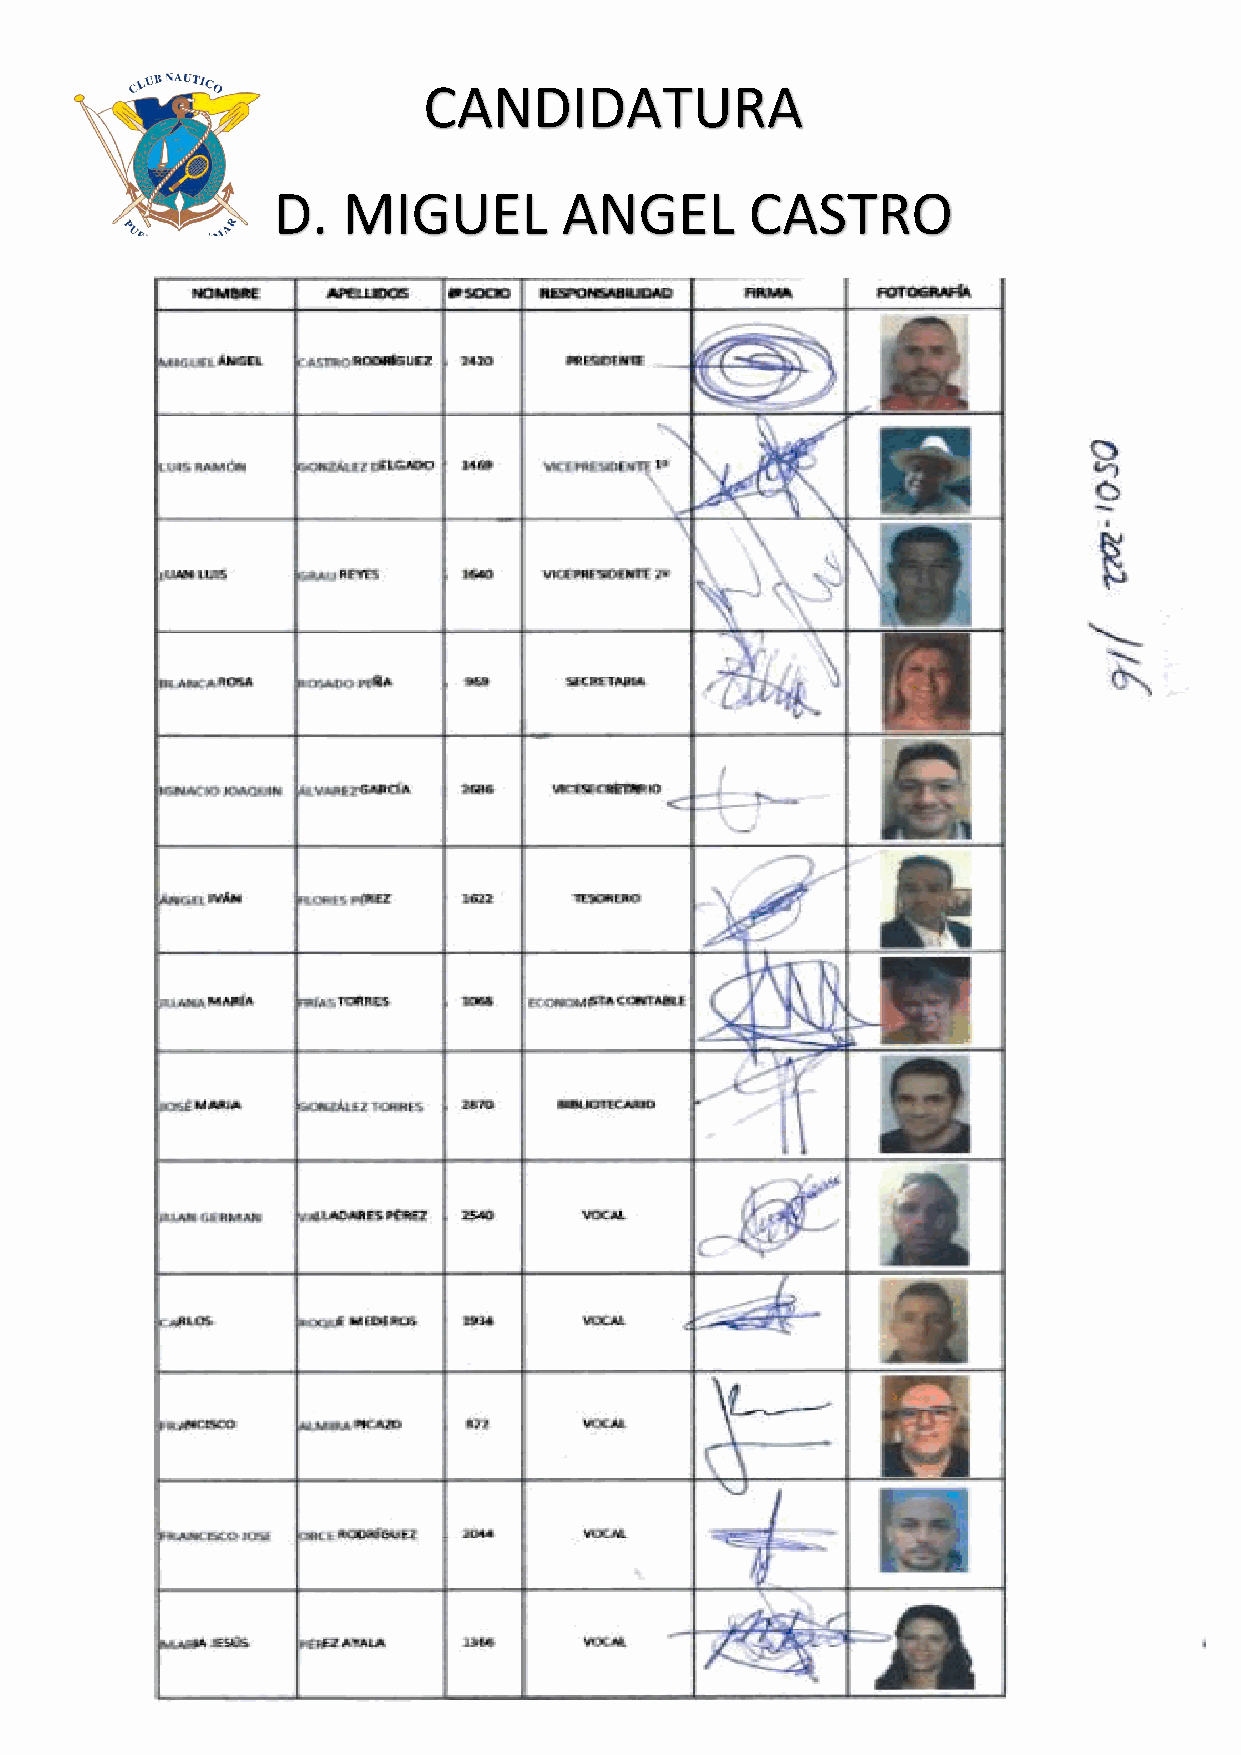
CANDIDATURA
 D.   MIGUEL        ANGEL        CASTRO